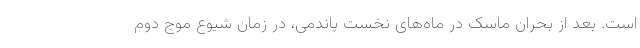
است. بعد از بحران ماسک در ماه‌های نخست پاندمی، در زمان شیوع موج دوم